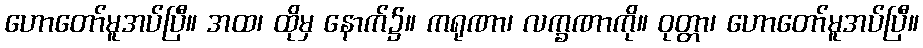
ဟောတော်မူအပ်ပြီ။ အထ၊ ထိုမှ နောက်၌။ ကရုဏာ၊ လက္ခဏာကို။ ဝုတ္တာ၊ ဟောတော်မူအပ်ပြီ။